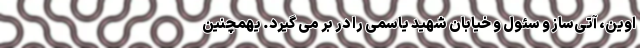
اوین، آتی‌ساز و سئول و خیابان شهید یاسمی را در بر می گیرد. یهمچنین